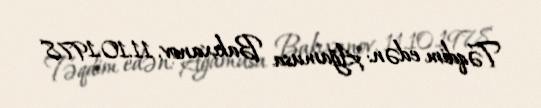
Təqdim edən: Ağamusa Bakıxanov, 11.10.1978